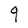
Character: q